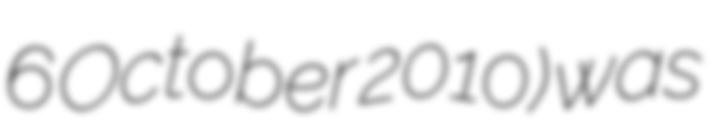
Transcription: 6 October 2010) was